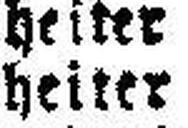
heiter